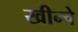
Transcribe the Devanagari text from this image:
खीन्चे